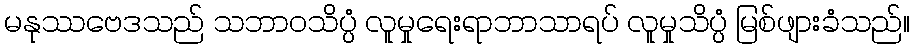
မနုဿဗေဒသည် သဘာဝသိပ္ပံ လူမှုရေးရာဘာသာရပ် လူမှုသိပ္ပံ မြစ်ဖျားခံသည်။